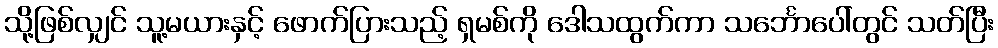
သို့ဖြစ်လျှင် သူ့မယားနှင့် ဖောက်ပြားသည့် ရှမစ်ကို ဒေါသထွက်ကာ သင်္ဘောပေါ်တွင် သတ်ပြီး